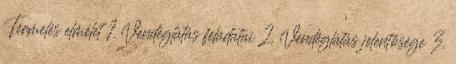
Termelés elmélet 1. Vendéglátás feladatai 2. Vendéglátás jelentősége 3.